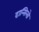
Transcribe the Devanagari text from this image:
दान्सिलो